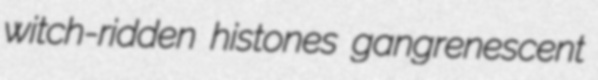
witch-ridden histones gangrenescent